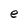
Character: e